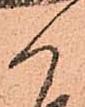
か